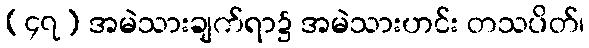
(၄၇) အမဲသားချက်ရာ၌ အမဲသားဟင်း တသပိတ်၊